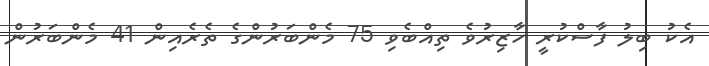
އެކު ބިލު ފާސްކުރީ ހާޒިރުވެ ތިއްބެވި 75 މެންބަރުންގެ ތެރެއިން 41 މެންބަރުން